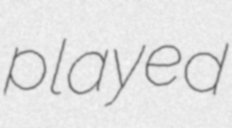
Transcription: played